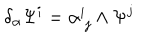
LaTeX: \delta _ { \alpha } \Psi ^ { i } = \alpha _ { \ j } ^ { i } \wedge \Psi ^ { j }